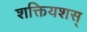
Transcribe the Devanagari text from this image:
शक्तियशस्